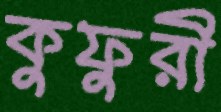
কুফুরী